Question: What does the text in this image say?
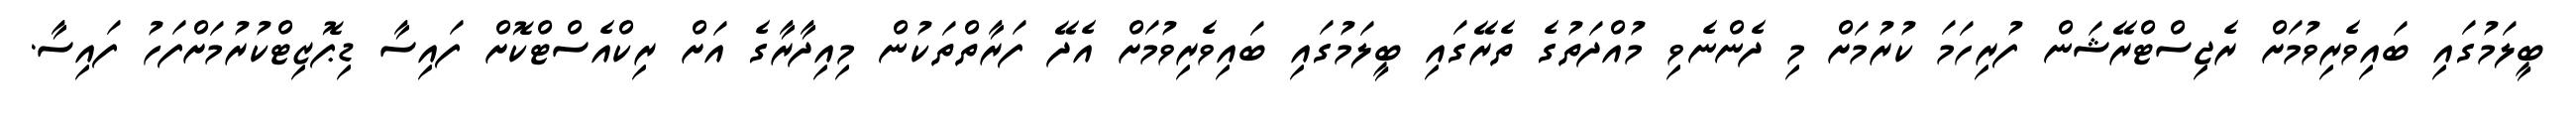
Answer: ބީލަމުގައި ބައިވެރިވުމަށް ރެޖިސްޓްރޭޝަން ފުރިހަމަ ކުރުމަށް މި ދެންނެވި މުއްދަތުގެ ތެރޭގައި ބީލަމުގައި ބައިވެރިވުމަށް އެދޭ ފަރާތްތަކުން މިއިދާރާގެ އަށް ރިކްއެސްޓްކޮށް ފައިސާ ޑިޕޮޒިޓްކުރުމަށްފަހު ފައިސާ.